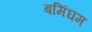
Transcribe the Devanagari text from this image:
बमिंघम